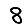
Digit: 8